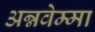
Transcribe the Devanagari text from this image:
अन्नवेम्मा